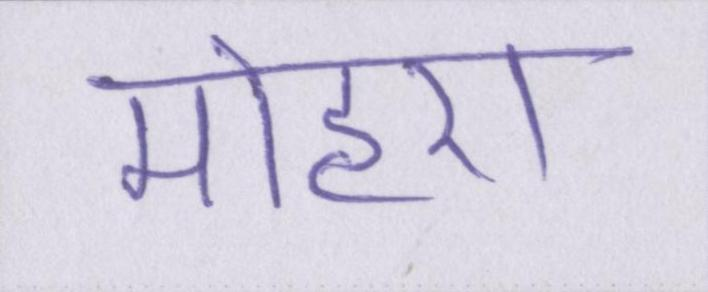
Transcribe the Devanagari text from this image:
मोहरा